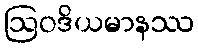
ဩဝဒိယမာနဿ